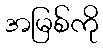
အမြစ်ကို